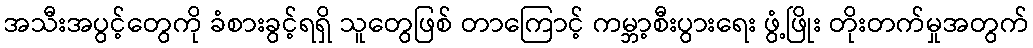
အသီးအပွင့်တွေကို ခံစားခွင့်ရရှိ သူတွေဖြစ် တာကြောင့် ကမ္ဘာ့စီးပွားရေး ဖွံ့ဖြိုး တိုးတက်မှုအတွက်